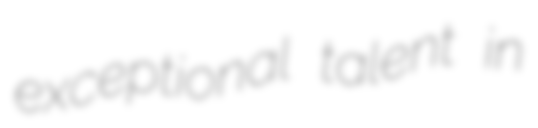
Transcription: exceptional talent in